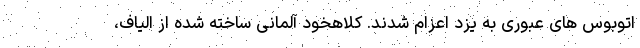
اتوبوس های عبوری به یزد اعزام شدند. کلاهخود آلمانی ساخته شده از الیاف،